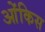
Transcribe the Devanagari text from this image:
ओंकिस